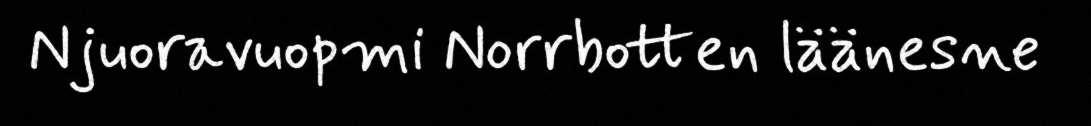
Njuoravuopmi Norrbotten läänesne